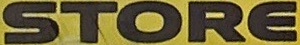
STORE